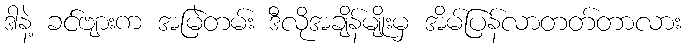
ဒါနဲ့ ခင်ဗျားက အမြဲတမ်း ဒီလိုအချိန်မျိုးမှ အိမ်ပြန်လာတတ်တာလား